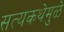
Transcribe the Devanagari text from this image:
सत्यकथेमुळे